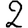
Digit: 2